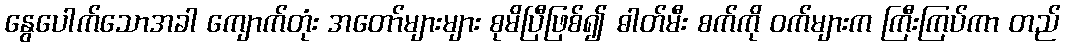
နွေပေါက်သောအခါ ကျောက်တုံး အတော်များများ စုမိပြီဖြစ်၍ ဓါတ်မီး စက်ကို ဝက်များက ကြီးကြပ်ကာ တည်